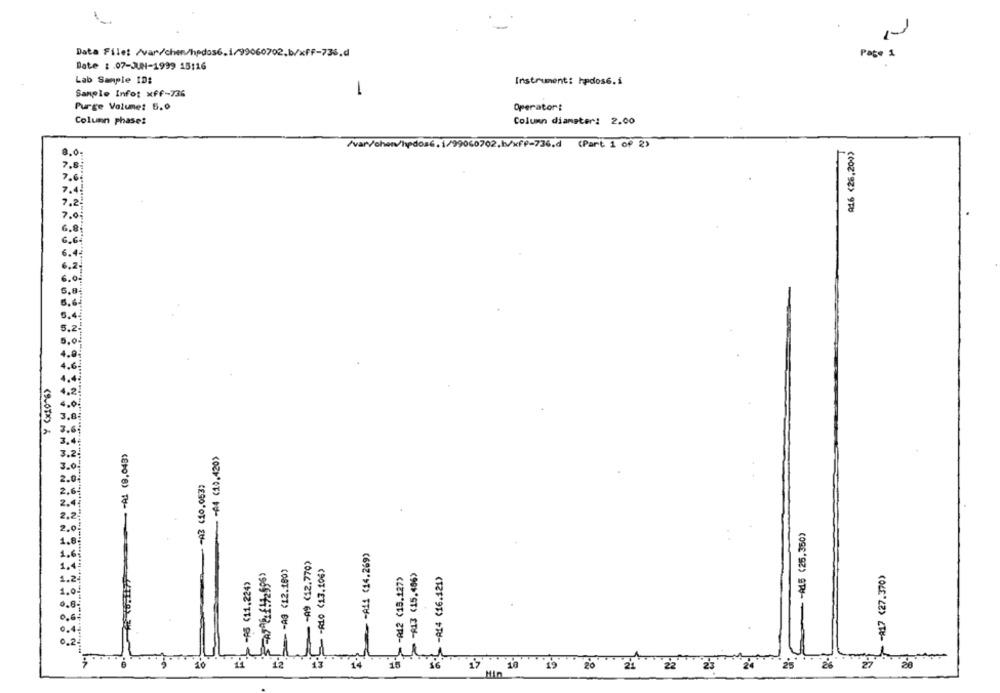
7
Data File: /var/chen/hpdos6.
060702.
736.d
Page 1
Date :. 07-JUN-1999 15:16
-
Lab Sample ID:
Instrument: hpdos6.i
Sample Info: xff-736
Purge Volume: 5.0
Operator:
Column phases
Column diameter: 2.00
/var/ohowv/hpdosG.1/99060702.b/xff-736.d (Part 1 of 2)
A16 (26,200)
8.0.
7.5
7.2
7.0
6.8
5.8
Y (x10%)
-A1 (8,043)
- (19.420>
-A3 (10.053)
-Ad5 (25.350)
2.0
- - All (14.269)
-A9 (12.770)
-A10 (13.106)
=-- AG (12.180)
-A13 (15.456)
-A17 (27.370)
-FS (11,224)
-A12 (15.127>
-Af4 (16.421)
1.2
0.6
14
16
17
21
25
18 19 20
Min